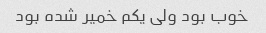
خوب بود ولی یکم خمیر شده بود